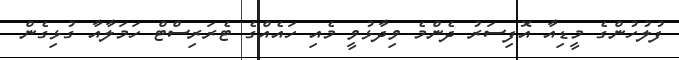
ފުލުހުންގެ މީޑިއާ އޮފިސަރު ދެންމެ ވިދާޅުވީ މެއި ހައެއްގެ ޓެރަރިސްޓް ހަމަލާއާ ގުޅިގެން